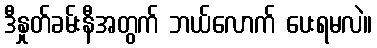
ဒီနှုတ်ခမ်းနီအတွက် ဘယ်လောက် ပေးရမလဲ။